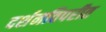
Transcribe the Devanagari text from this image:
दर्शनविपरीत